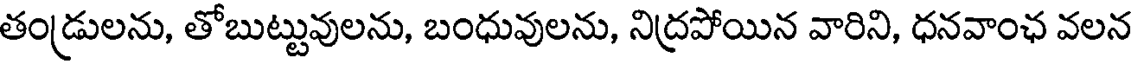
తండ్రులను, తోబుట్టువులను, బంధువులను, నిద్రపోయిన వారిని, ధనవాంఛ వలన